Sketch of the medical history of the native army of Bombay, for the year
Year: 1876
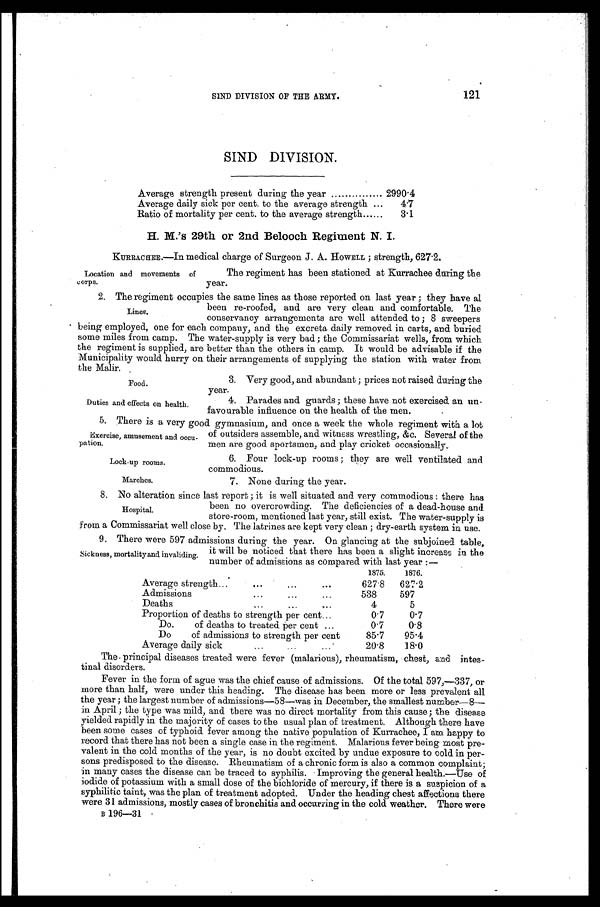
SIND DIVISION.
Average strength present during the year
2990.4
Average daily sick per cent. to the average strength... 4.7
Ratio of mortality per cent. to the average strength
3.1
H. M.'s 29th or 2nd Belooch Regiment N. I.
KURRACHEE.—In medical charge of Surgeon J. A. HOWELL ; strength, 627.2.
Location and movements of
corps.
The regiment has been stationed at Kurrachee during the
year.
2. The regiment occupies the same lines as those reported on last year ; they have al
been re-roofed, and are very clean and comfortable. The
conservancy arrangements are well attended to ; 8 sweepers
being employed, one for each company, and the excreta daily removed in carts, and buried
some miles from camp. The water-supply is very bad ; the Commissariat wells, from which
the regiment is supplied, are better than the others in camp. It would be advisable if the
Municipality would hurry on their arrangements of supplying the station with water from
the Malir.
3. Very good, and abundant ; prices not raised during the
year.
Lines.
Food.
Duties and effects on health.
4. Parades and guards ; these have not exercised an un-
favourable influence on the health of the men.
5. There is a very good gymnasium, and once a week the whole regiment with a lot
Exercise, amusement and occu-
pation.
Lock-up rooms.
Marches.
of outsiders assemble, and witness wrestling, &c. Several of the
men are good sportsmen, and play cricket occasionally.
6. Four lock-up rooms ; they are well ventilated and
commodious.
7. None during the year.
8. No alteration since last report ; it is well situated and very commodious there has
been no overcrowding. The deficiencies of a dead-house and
store-room, mentioned last year, still exist. The water-supply is
from a Commissariat well close by. The latrines are kept very clean ; dry-earth system in use.
9. There were 597 admissions during the year. On glancing at the subjoined table.
Hospital.
Sickness, mortality and invaliding.
it will be noticed that there has been a slight increase in the
number of admissions as compared with last year :—
1875.
1876.
Average strength...
...
...
...
627.8
627.2
Admissions
...
...
...
538
597
Deaths
...
...
. . .
4
5
Proportion of deaths to strength per cent...
0.7
0.7
Do.
of deaths to treated per cent ...
0.7
0.8
Do
of admissions to strength per cent
85.7
95.4
Average daily sick. ..
...
...
20.8
18.0
The principal diseases treated were fever (malarious), rheumatism, chest, and intes-
tinal disorders.
Fever in the form of ague was the chief cause of admissions. Of the total 597,—337, or
more than half, were under this heading. The disease has been more or less prevalent all
the year ; the largest number of admissions—58—was in December, the smallest number—8
— i n A p r i l ; t h e t y p e w a s m i l d , a n d t h e r e w a s n o d i r e c t m o r t a l i t y f r o m t h i s c a u s e ; t h e d i s e a s e
yielded rapidly in the majority of cases to the usual plan of treatment. Although there have
been some cases of typhoid fever among the native population of Kurrachee, I am happy to
record that there has not been a single case in the regiment. Malarious fever being most pre-
valent in the cold months of the year, is no doubt excited by undue exposure to cold in per-
sons predisposed to the disease. Rheumatism of a chronic form is also a common complaint;
in many cases the disease can be traced to syphilis. Improving the general health.—Use of
iodide of potassium with a small dose of the bichloride of mercury, if there is a suspicion of a
syphilitic taint, was the plan of treatment adopted. Under the heading chest affections there
were 31 admissions, mostly cases of bronchitis and occurring in the cold weather. There were
B 196—31